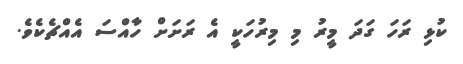
ކުޅި ރަހަ ގަދަ މީރު މި މިރުހަކީ އެ ރަށަށް ހާއްސަ އެއްޗެކެވެ.